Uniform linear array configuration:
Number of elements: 16
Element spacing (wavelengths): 0.5
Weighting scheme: uniform
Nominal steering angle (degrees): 60
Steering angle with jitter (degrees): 61.49
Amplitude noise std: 0.05
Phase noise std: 0.05

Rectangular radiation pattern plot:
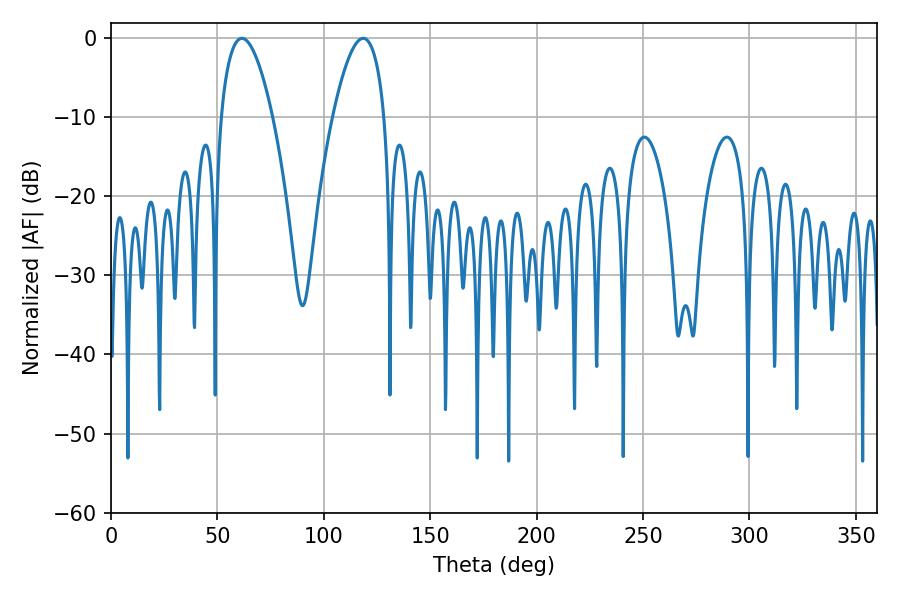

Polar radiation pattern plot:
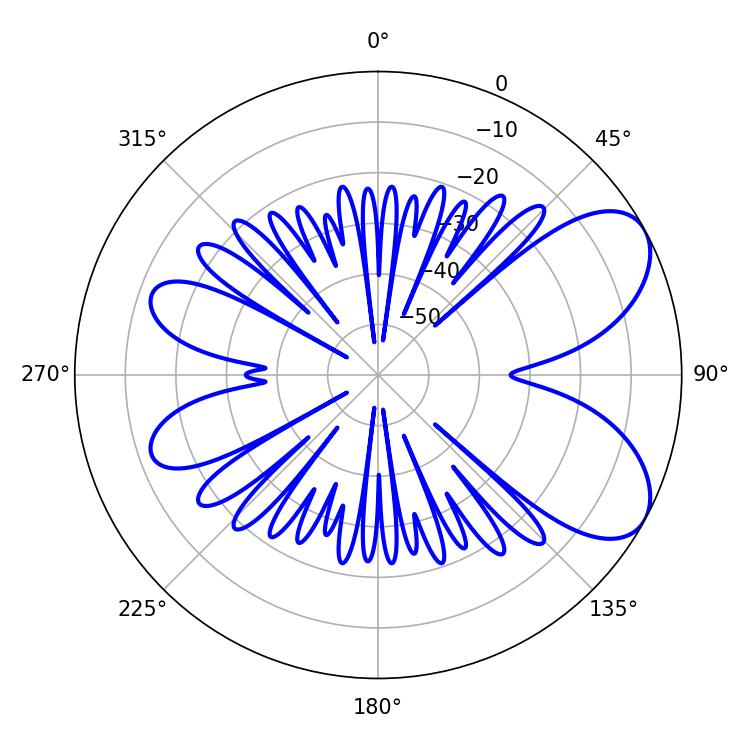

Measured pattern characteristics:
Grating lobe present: FALSE
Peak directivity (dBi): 6.759
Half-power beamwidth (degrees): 13.5
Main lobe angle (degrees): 61.56